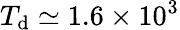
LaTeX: T_{\mathrm{d}}\simeq 1.6\times 10^{3}